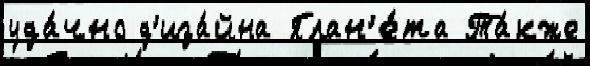
уда́чно д'иза́йна План'е́та Та́кже